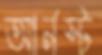
আর্নস্ট